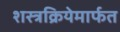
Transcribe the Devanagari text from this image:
शस्त्रक्रियेमार्फत